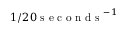
1 / 2 0 \mathrm { ~ s ~ e ~ c ~ o ~ n ~ d ~ s ~ } ^ { - 1 }